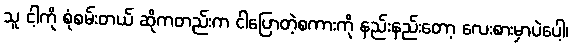
သူ ငါ့ကို စုံစမ်းတယ် ဆိုကတည်းက ငါပြောတဲ့စကားကို နည်းနည်းတော့ လေးစားမှာပဲပေါ့၊